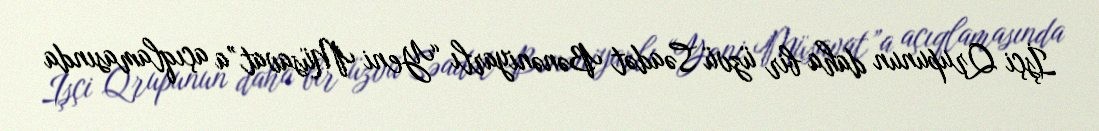
İşçi Qrupunun daha bir üzvü Səadət Bənəniyarlı “Yeni Müsavat”a açıqlamasında